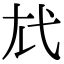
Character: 𢍽